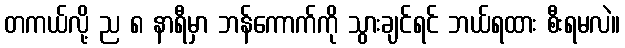
တကယ်လို့ ည ၈ နာရီမှာ ဘန်ကောက်ကို သွားချင်ရင် ဘယ်ရထား စီးရမလဲ။